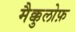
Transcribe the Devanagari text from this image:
मैक्कुलोफ़